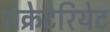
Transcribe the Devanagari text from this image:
सेक्रेटेरियेट